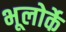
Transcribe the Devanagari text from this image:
भूलोर्के